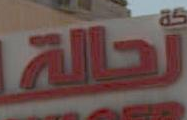
تحالة